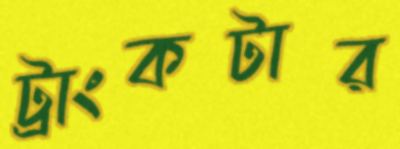
ট্রাংকটার